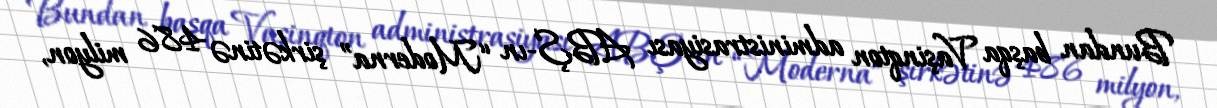
Bundan başqa Vaşinqton administrasiyası ABŞ-ın “Moderna” şirkətinə 486 milyon,